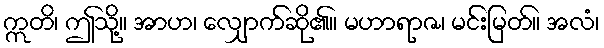
ဣတိ၊ ဤသို့။ အာဟ၊ လျှောက်ဆို၏။ မဟာရာဇ၊ မင်းမြတ်။ အလံ၊